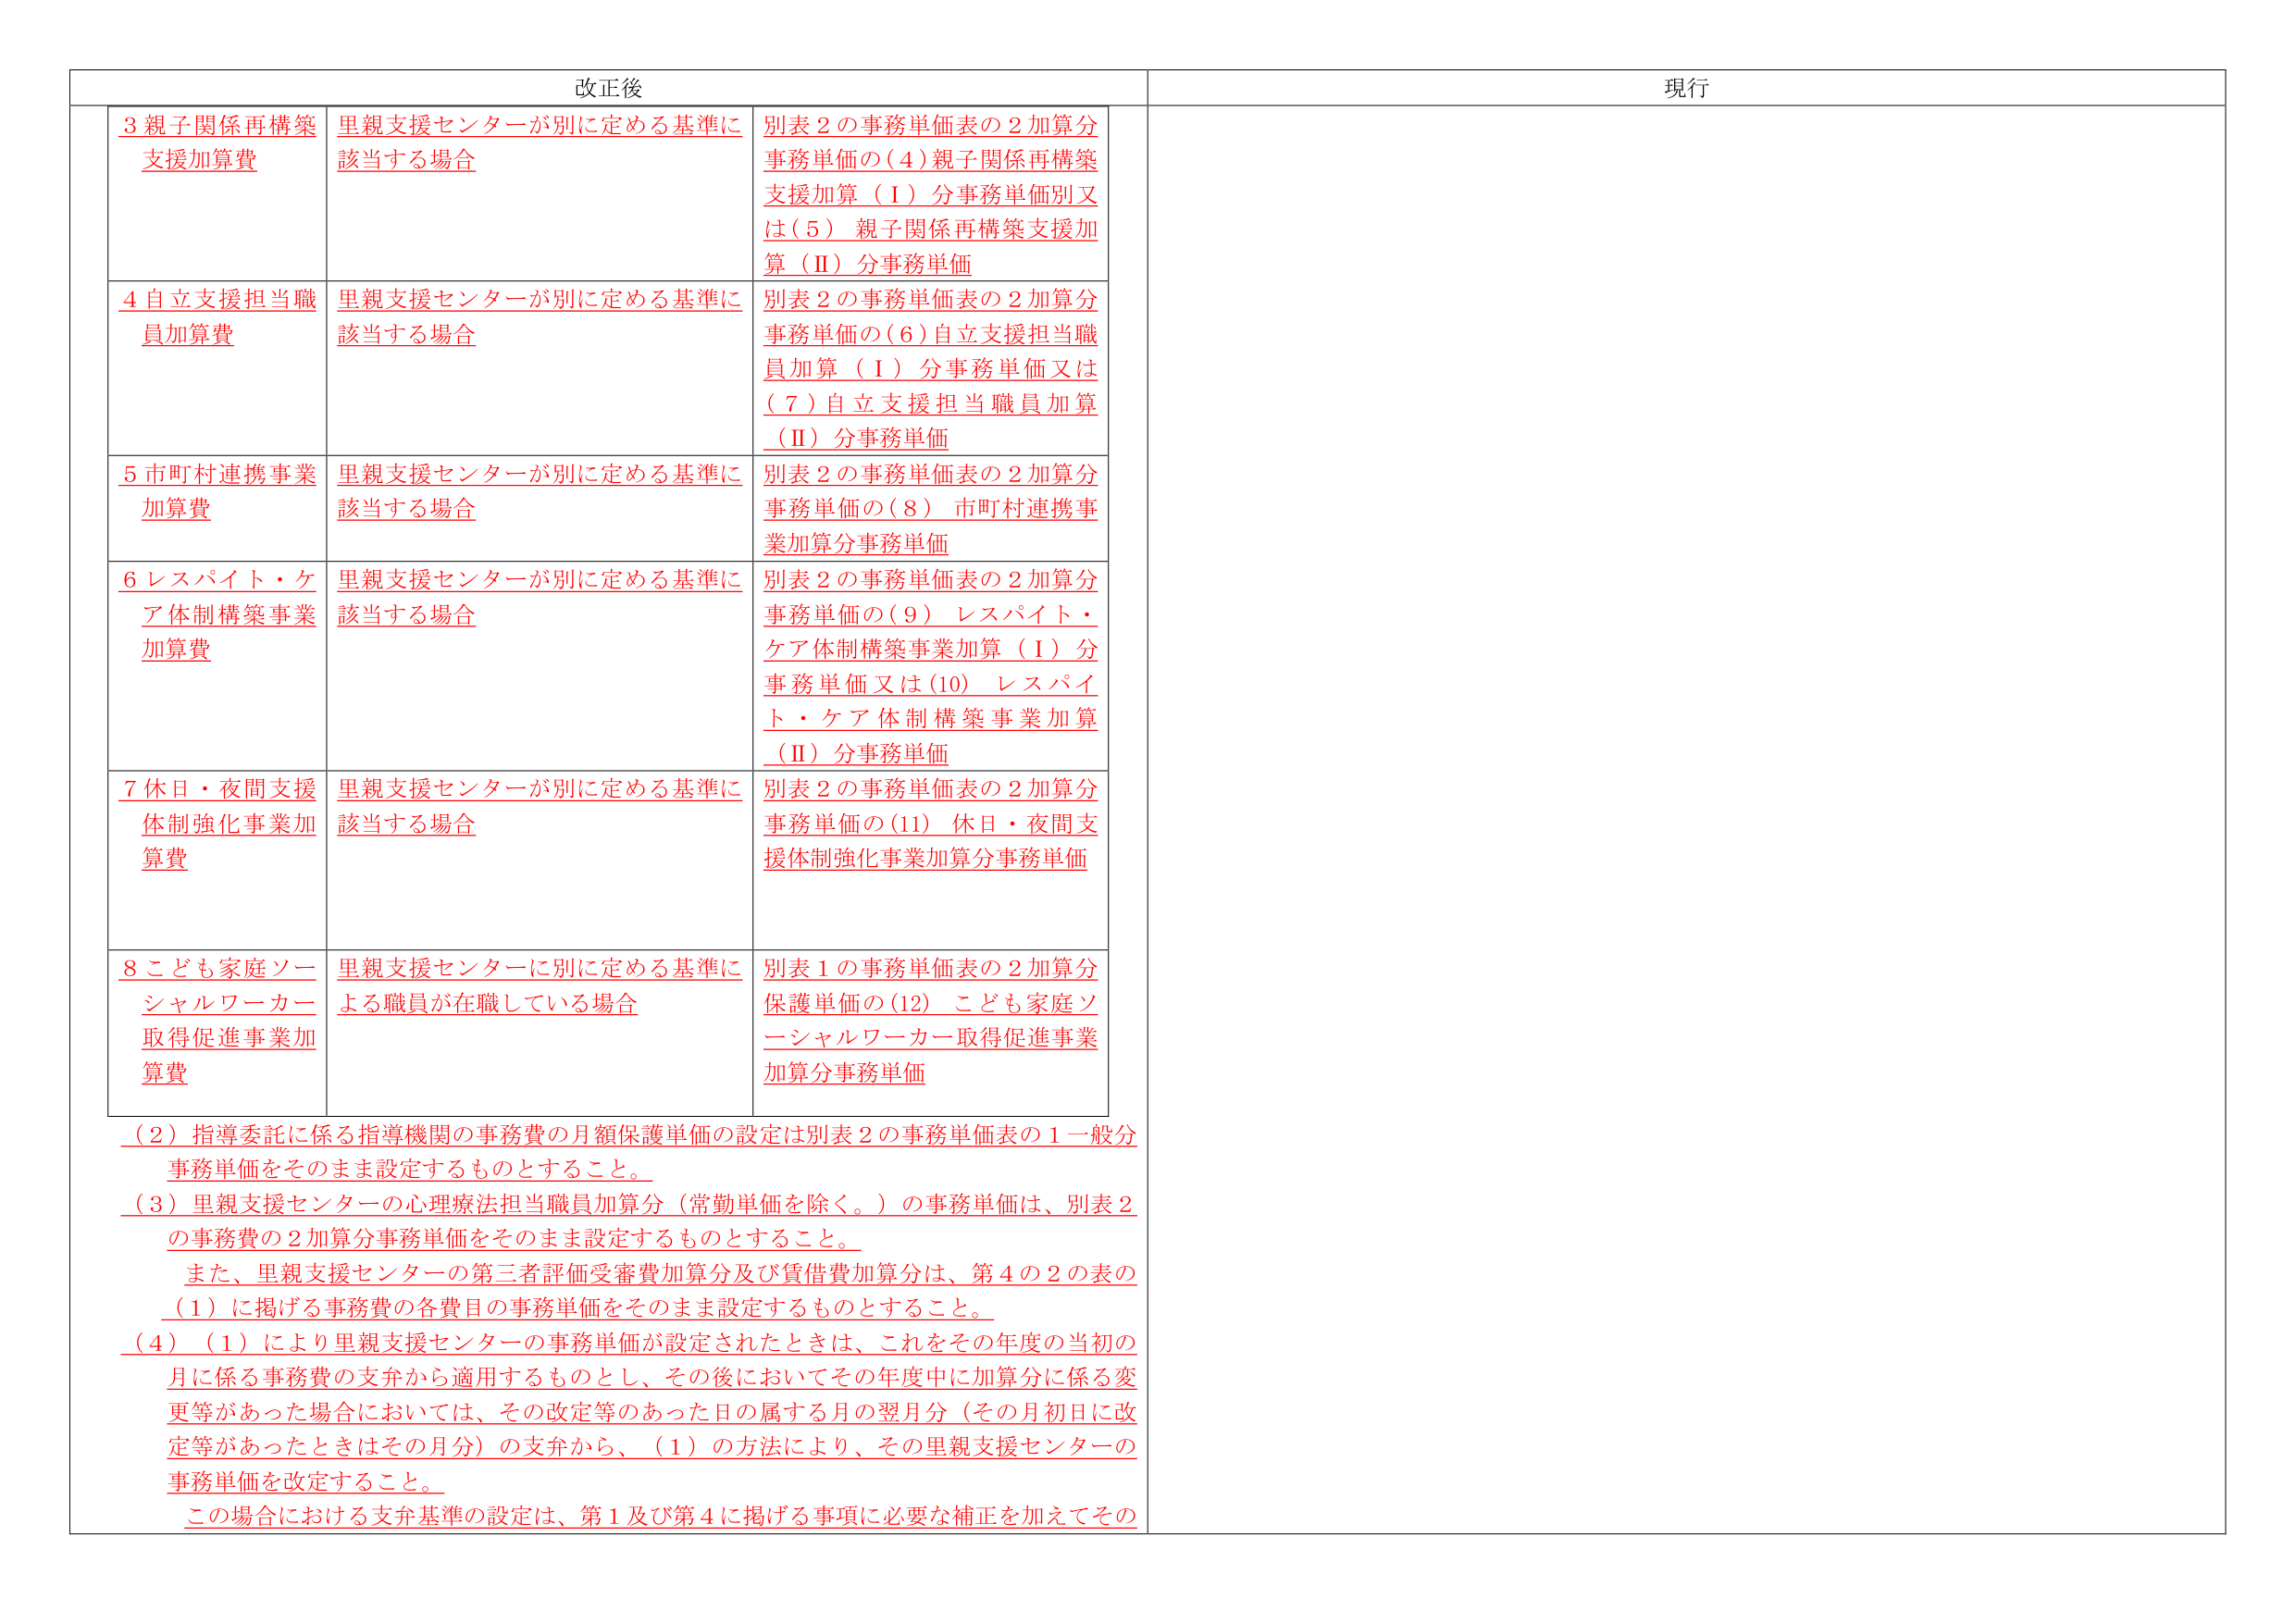
改正後
現行
3 親子関係再構築
支援加算費
里親支援センターが別に定める基準に
該当する場合
別表２の事務単価表の２加算分
事務単価の（４）親子関係再構築
支援加算（Ⅰ）分事務単価別又
は（５） 親子関係再構築支援加
算（Ⅱ）分事務単価
4 自立支援担当職
員加算費
里親支援センターが別に定める基準に
該当する場合
別表２の事務単価表の２加算分
事務単価の（６）自立支援担当職
員加算（Ⅰ）分事務単価又は
（７）自立支援担当職員加算
（Ⅱ）分事務単価
5 市町村連携事業
加算費
里親支援センターが別に定める基準に
該当する場合
別表２の事務単価表の２加算分
事務単価の（８） 市町村連携事
業加算分事務単価
6 レスパイト・ケ
ア体制構築事業
加算費
里親支援センターが別に定める基準に
該当する場合
別表２の事務単価表の２加算分
事務単価の（９） レスパイト・
ケア体制構築事業加算（Ⅰ）分
事務単価又は（10） レスパイ
ト・ケア体制構築事業加算
（Ⅱ）分事務単価
7 休日・夜間支援
体制強化事業加
算費
里親支援センターが別に定める基準に
該当する場合
別表２の事務単価表の２加算分
事務単価の（11） 休日・夜間支
援体制強化事業加算分事務単価
8 こども家庭ソー
シャルワーカー
取得促進事業加
算費
里親支援センターに別に定める基準に
よる職員が在職している場合
別表１の事務単価表の２加算分
保護単価の（12） こども家庭ソ
ーシャルワーカー取得促進事業
加算分事務単価
（２）指導委託に係る指導機関の事務費の月額保護単価の設定は別表２の事務単価表の１一般分
事務単価をそのまま設定するものとすること。
（３）里親支援センターの心理療法担当職員加算分（常勤単価を除く。）の事務単価は、別表２
の事務費の２加算分事務単価をそのまま設定するものとすること。
また、里親支援センターの第三者評価受審費加算分及び賃借費加算分は、第４の２の表の
（１）に掲げる事務費の各費目の事務単価をそのまま設定するものとすること。
（４）（１）により里親支援センターの事務単価が設定されたときは、これをその年度の当初の
月に係る事務費の支弁から適用するものとし、その後においてその年度中に加算分に係る変
更等があった場合においては、その改定等のあった日の属する月の翌月分（その月初日に改
定等があったときはその月分）の支弁から、（１）の方法により、その里親支援センターの
事務単価を改定すること。
この場合における支弁基準の設定は、第１及び第４に掲げる事項に必要な補正を加えてその